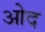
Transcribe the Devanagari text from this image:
ओद